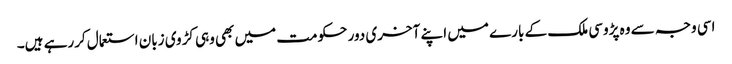
اسی وجہ سے وہ پڑوسی ملک کے بارے میں اپنے آخری دور حکومت میں بھی وہی کڑوی زبان استعمال کررہے ہیں۔